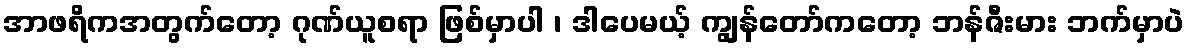
အာဖရိကအတွက်တော့ ဂုဏ်ယူစရာ ဖြစ်မှာပါ ၊ ဒါပေမယ့် ကျွန်တော်ကတော့ ဘန်ဇီးမား ဘက်မှာပဲ